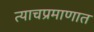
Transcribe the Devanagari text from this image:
त्याचप्रमाणात